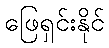
ဖြေရှင်းနိုင်